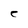
Character: C